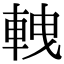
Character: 𨋯